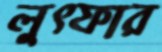
লুত্ফার